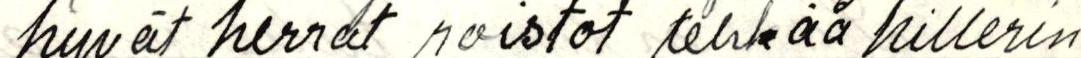
hyvät herrat roistot tehkää hillerin